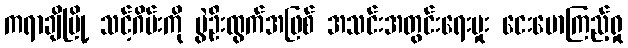
ကရာချိမြို့ သင့်ဂိမ်းကို ပွဲဦးထွက်အဖြစ် အသင်းအတွင်းရေးမှုး ငေးမောကြည့်ရှု